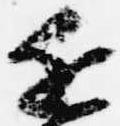
近